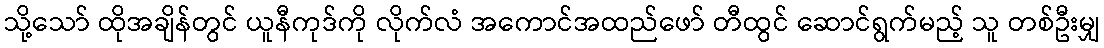
သို့သော် ထိုအချိန်တွင် ယူနီကုဒ်ကို လိုက်လံ အကောင်အထည်ဖော် တီထွင် ဆောင်ရွက်မည့် သူ တစ်ဦးမျှ